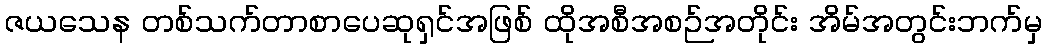
ဇယသေန တစ်သက်တာစာပေဆုရှင်အဖြစ် ထိုအစီအစဉ်အတိုင်း အိမ်အတွင်းဘက်မှ